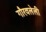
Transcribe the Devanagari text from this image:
गौरवलेली